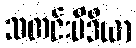
သတင်းမီဒီယာ